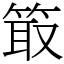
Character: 箃